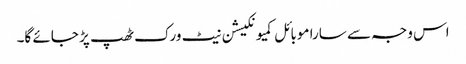
اس وجہ سے سارا موبائل کمیونکیشن نیٹ ورک ٹھپ پڑ جائے گا۔